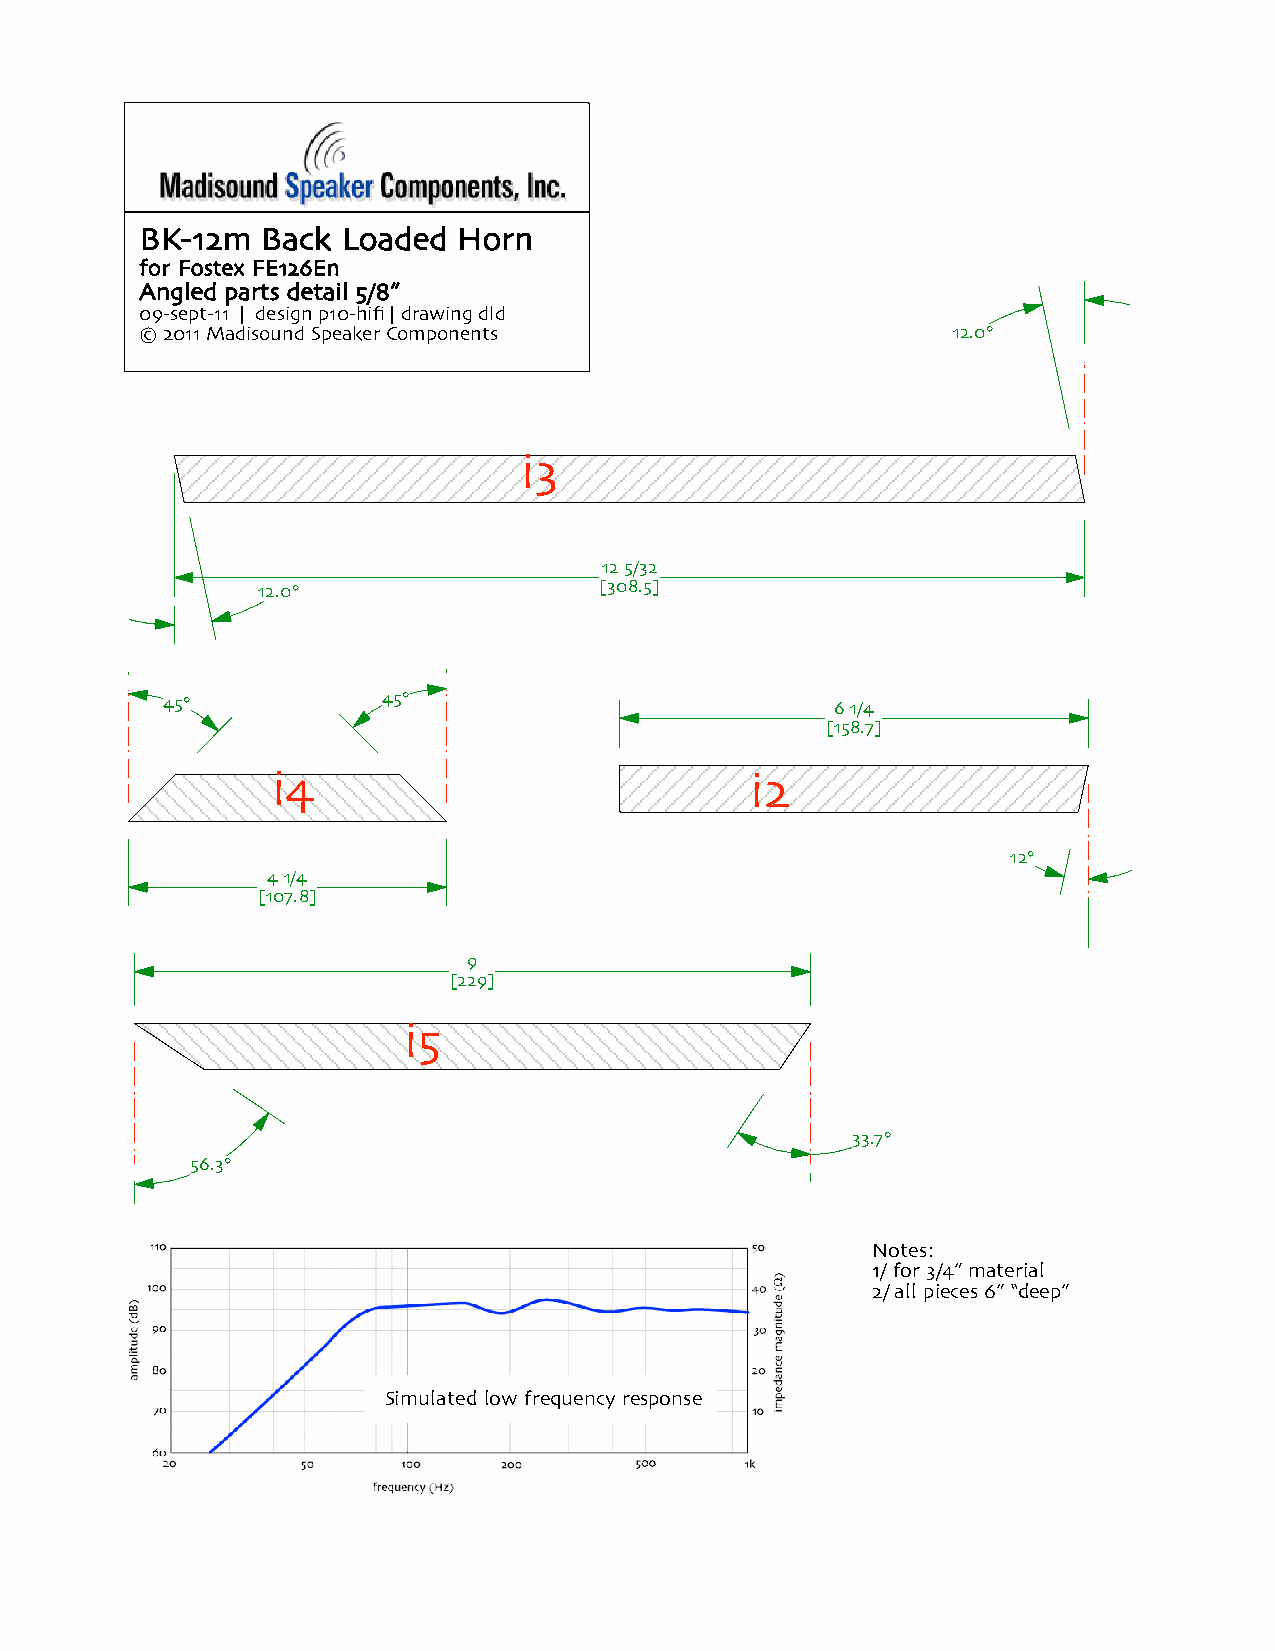
BK-12m  Back  Loaded Horn
 for Fostex FE126En
 Angled parts detail 5/8”
 09-sept-11 | design p10-hifi | drawing dld
 © 2011 Madisound Speaker Components                   12.0°
 i3
 12 5/32
 12.0°                  [308.5]
 45°           45°                           6 1/4
 [158.7]
 i4                              i2
 12°
 4 1/4
 [107.8]
 9
 [229]
 i5
 33.7°
 56.3°
 Notes:
 1/ for 3/4” material
 2/ all pieces 6” “deep”
 Simulated low frequency response